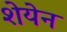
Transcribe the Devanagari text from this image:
शेयेन